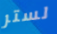
لستر